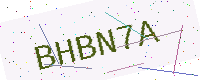
Text: BHBN7A